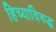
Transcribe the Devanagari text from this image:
हिच्याविरुद्ध